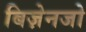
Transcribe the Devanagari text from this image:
बिज़ेनजो